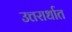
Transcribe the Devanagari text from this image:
उत्तरार्धात